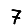
Digit: 7